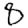
Digit: 8